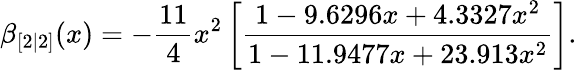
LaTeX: \beta_{[2|2]}(x)=-\frac{11}{4}x^{2}\left[\frac{1-9.6296x+4.3327x^{2}}{1-11.9477x+23.913x^{2}}\right].